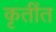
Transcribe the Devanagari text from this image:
कृतींत